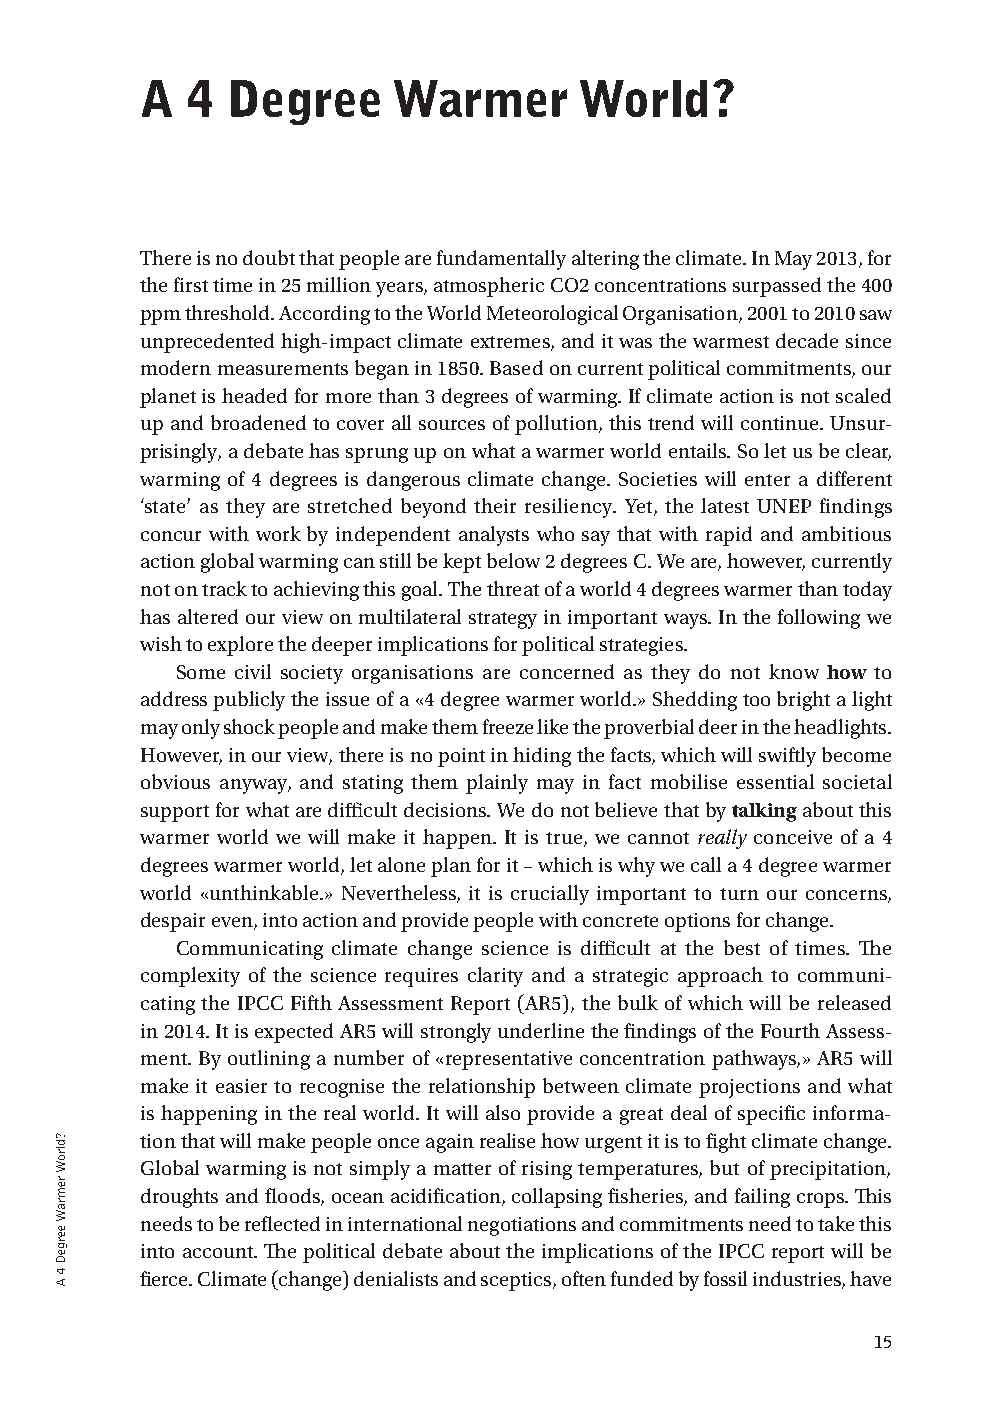
a  4  Degree     Warmer      World?
 There is no doubt that people are fundamentally altering the climate. In May 2013, for
 the first time in 25 million years, atmospheric CO2 concentrations surpassed the 400
 ppm threshold. According to the World Meteorological Organisation, 2001 to 2010 saw
 unprecedented high-impact climate extremes, and it was the warmest decade since
 modern measurements began in 1850. Based on current political commitments, our
 planet is headed for more than 3 degrees of warming. If climate action is not scaled
 up and broadened to cover all sources of pollution, this trend will continue. Unsur-
 prisingly, a debate has sprung up on what a warmer world entails. So let us be clear,
 warming of 4 degrees is dangerous climate change. Societies will enter a different
 ‘state’ as they are stretched beyond their resiliency. Yet, the latest UNEP findings
 concur with work by independent analysts who say that with rapid and ambitious
 action global warming can still be kept below 2 degrees C. We are, however, currently
 not on track to achieving this goal. The threat of a world 4 degrees warmer than today
 has altered our view on multilateral strategy in important ways. In the following we
 wish to explore the deeper implications for political strategies.
 Some civil society organisations are concerned as they do not know how to
 address publicly the issue of a «4 degree warmer world.» Shedding too bright a light
 may only shock people and make them freeze like the proverbial deer in the headlights.
 However, in our view, there is no point in hiding the facts, which will swiftly become
 obvious anyway, and stating them plainly may in fact mobilise essential societal
 support for what are difficult decisions. We do not believe that by talking about this
 warmer world we will make it happen. It is true, we cannot really conceive of a 4
 degrees warmer world, let alone plan for it – which is why we call a 4 degree warmer
 world «unthinkable.» Nevertheless, it is crucially important to turn our concerns,
 despair even, into action and provide people with concrete options for change.
 Communicating climate change science is difficult at the best of times. The
 complexity of the science requires clarity and a strategic approach to communi-
 cating the IPCC Fifth Assessment Report (AR5), the bulk of which will be released
 in 2014. It is expected AR5 will strongly underline the findings of the Fourth Assess-
 ment. By outlining a number of «representative concentration pathways,» AR5 will
 make it easier to recognise the relationship between climate projections and what
 is happening in the real world. It will also provide a great deal of specific informa-
 tion that will make people once again realise how urgent it is to fight climate change.
 Global warming is not simply a matter of rising temperatures, but of precipitation,
 droughts and floods, ocean acidification, collapsing fisheries, and failing crops. This
 needs to be reflected in international negotiations and commitments need to take this
 into account. The political debate about the implications of the IPCC report will be
 fierce. Climate (change) denialists and sceptics, often funded by fossil industries, have
 15
 ?dlroW
 remraW
 eergeD
 4
 A